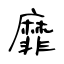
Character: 靡